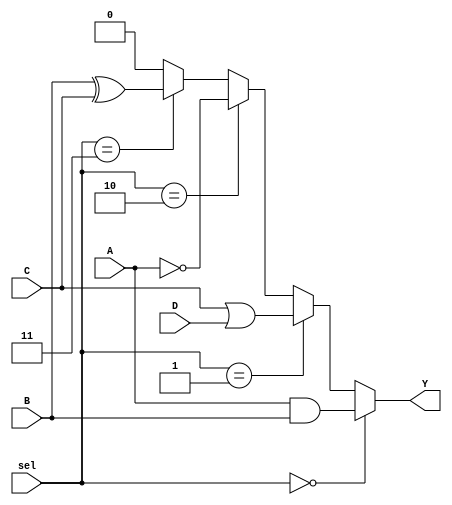
module CLB (
    input wire A,      // Input A
    input wire B,      // Input B
    input wire C,      // Input C
    input wire D,      // Input D
    input wire [1:0] sel, // Select signal for logic configuration
    output wire Y      // Output Y
);

// Internal signals for logic cells
wire and_out;
wire or_out;
wire not_out;
wire xor_out;

// Logic Cell 1: AND Gate
assign and_out = A & B;

// Logic Cell 2: OR Gate
assign or_out = C | D;

// Logic Cell 3: NOT Gate
assign not_out = ~A;

// Logic Cell 4: XOR Gate
assign xor_out = B ^ C;

// Interconnect Matrix: Select output based on 'sel' signal
assign Y = (sel == 2'b00) ? and_out :
           (sel == 2'b01) ? or_out :
           (sel == 2'b10) ? not_out :
           (sel == 2'b11) ? xor_out : 1'b0;

endmodule